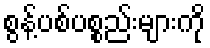
စွန့်ပစ်ပစ္စည်းများကို